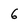
Character: 6